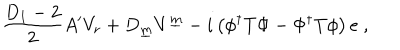
\frac { D _ { 1 } - 2 } { 2 } A ^ { \prime } V _ { r } + D _ { \underline { { m } } } V ^ { \underline { { m } } } - i \left( \phi ^ { \dagger } T \Phi - \Phi ^ { \dagger } T \phi \right) e ~ ,